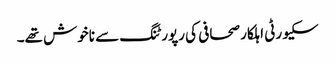
سکیورٹی اہلکار صحافی کی رپورٹنگ سے ناخوش تھے۔